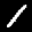
Label: 1